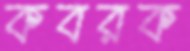
কবরক